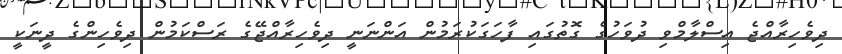
ދިވެހިރާއްޖެ އިސްލާމްވި ދުވަހުގެ ގޮތުގައި ފާހަގަކުރަމުން އަންނަނީ ދިވެހިރާއްޖޭގެ ރަސްކަމުން ދިވެހިންގެ ދީނަކީ